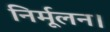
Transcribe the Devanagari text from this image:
निर्मूलन।